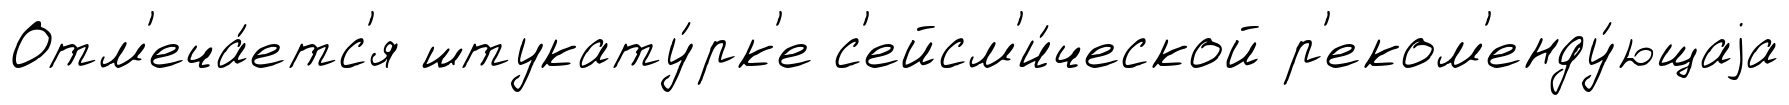
Отм'еча́етс'я штукату́рк'е с'ейсм'и́ческой р'еком'енду́ющаjа